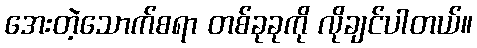
အေးတဲ့သောက်စရာ တစ်ခုခုကို လိုချင်ပါတယ်။